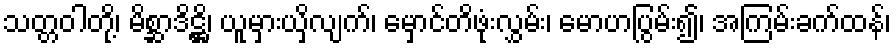
သတ္တဝါတို့၊ မိစ္ဆာဒိဋ္ဌိ၊ ယူမှားယှိလျက်၊ မှောင်တိဖုံးလွှမ်း၊ မောဟပြွမ်း၍၊ အကြမ်းခက်ထန်၊